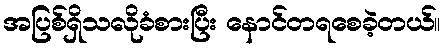
အပြစ်ရှိသလိုခံစားပြီး နောင်တရစေခဲ့တယ်။